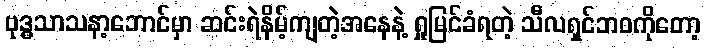
ဗုဒ္ဓသာသနာ့ဘောင်မှာ ဆင်းရဲနိမ့်ကျတဲ့အနေနဲ့ ရှုမြင်ခံရတဲ့ သီလရှင်ဘဝကိုတော့